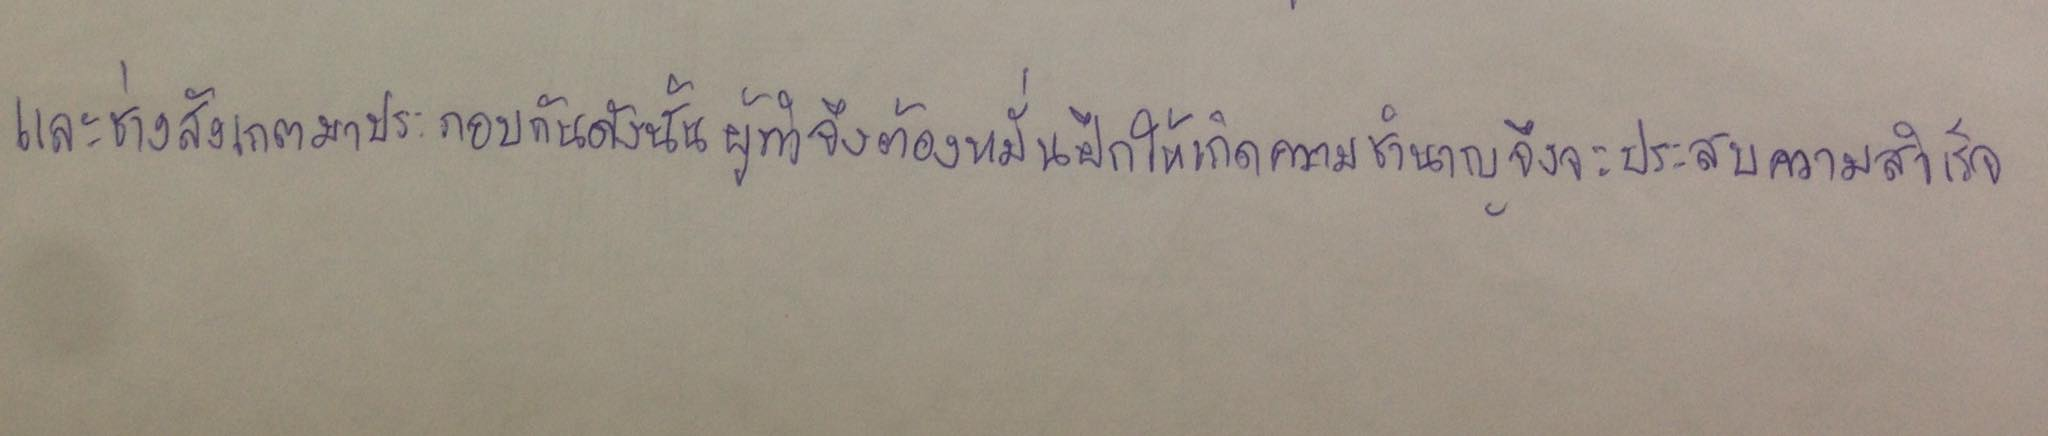
และช่างสังเกตมาประกอบกันดังนั้นผู้ทำจึงต้องหมั่นฝึกให้เกิดความชำนาญจึงจะประสบความสำเร็จ